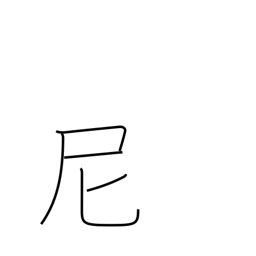
Meaning: nun